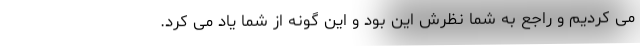
می کردیم و راجع به شما نظرش این بود و این گونه از شما یاد می کرد.